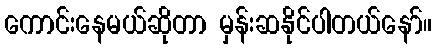
ကောင်းနေမယ်ဆိုတာ မှန်းဆနိုင်ပါတယ်နော်။